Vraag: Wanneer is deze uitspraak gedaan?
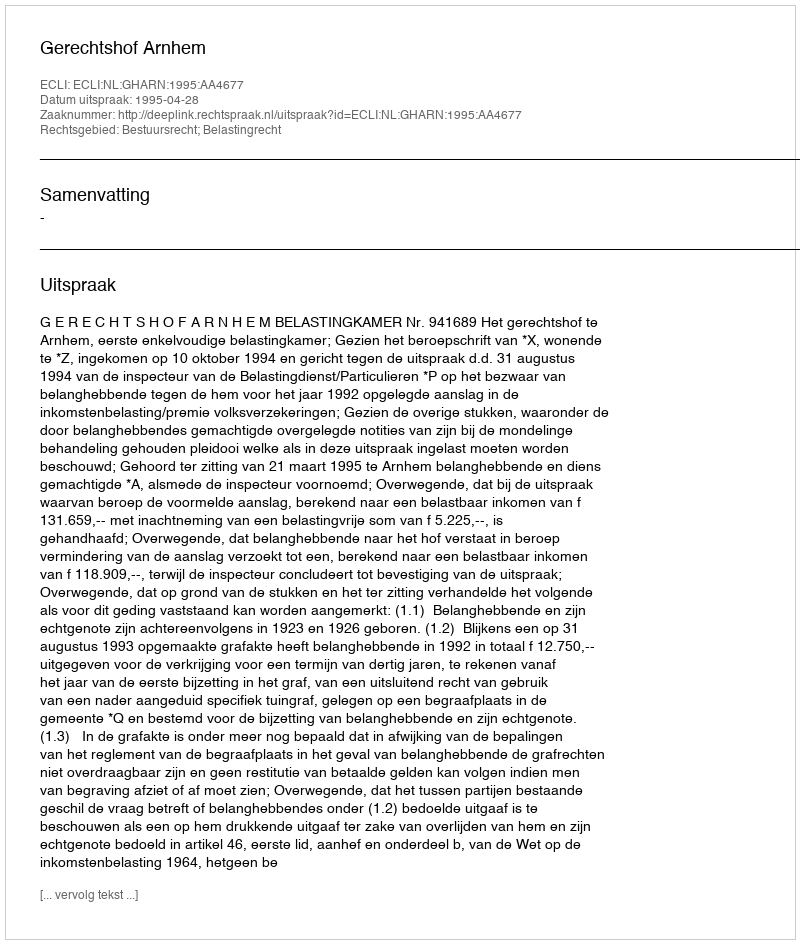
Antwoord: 1995-04-28